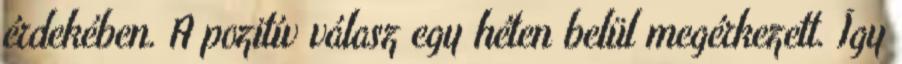
érdekében. A pozitív válasz egy héten belül megérkezett. Így